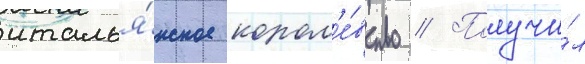
италья́нское корол'е́вство // Получи́л